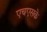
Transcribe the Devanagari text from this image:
एचएसके